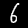
Digit: 6